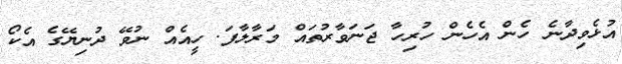
އުޅެވިދާނެ ހެން އެހެން ހުރިހާ ޖަނަވާރުތައް މަރާލާފަ. ހީއެއް ނުވޭ ދުނިޔޭގެ އެކޯ